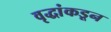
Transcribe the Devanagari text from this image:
वृद्धांकडून